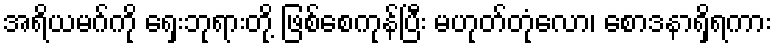
အရိယမဂ်ကို ရှေးဘုရားတို့ ဖြစ်စေကုန်ပြီး မဟုတ်တုံလော၊ စောဒနာရှိရကား